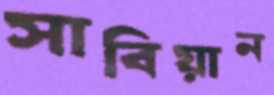
সাবিয়ান